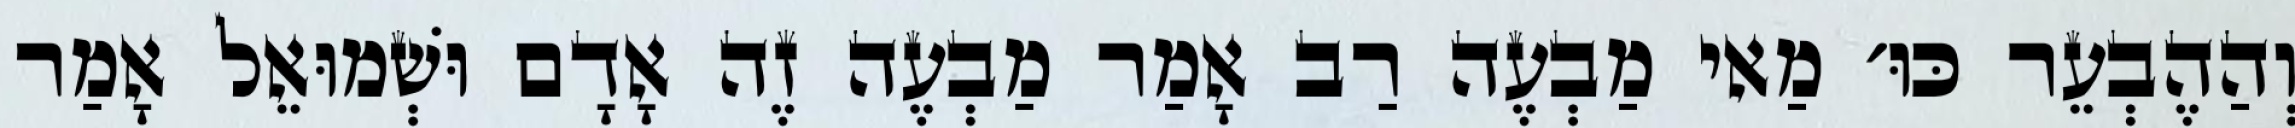
וְהַהֶבְעֵר כּוּ׳ מַאי מַבְעֶה רַב אָמַר מַבְעֶה זֶה אָדָם וּשְׁמוּאֵל אָמַר